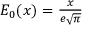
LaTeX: \textstyle E _ { 0 } ( x ) = { \frac { x } { e { \sqrt { \pi } } } }